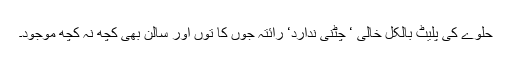
حلوے کی پلیٹ بالکل خالی ‘ چٹنی ندارد‘ رائتہ جوں کا توں اور سالن بھی کچھ نہ کچھ موجود۔